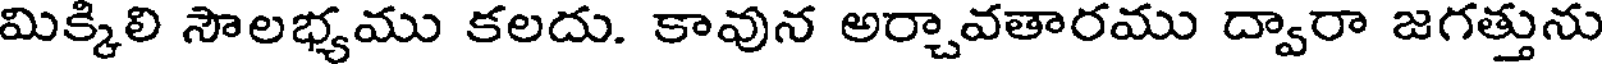
మిక్కిలి సౌలభ్యము కలదు. కావున అర్చావతారము ద్వారా జగత్తును